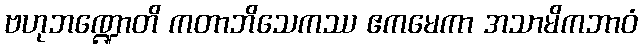
ဗဟုဘဏ္ဍောတိ ကတာဘိသေကဿ ဧကမေကာ အသာမိကဘာဝံ